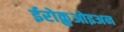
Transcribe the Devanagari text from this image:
ईरोक़ुओइअन